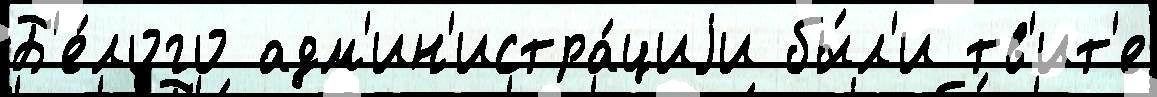
Б'е́лого адм'ин'истра́циjи бы́л'и тв'ит'е